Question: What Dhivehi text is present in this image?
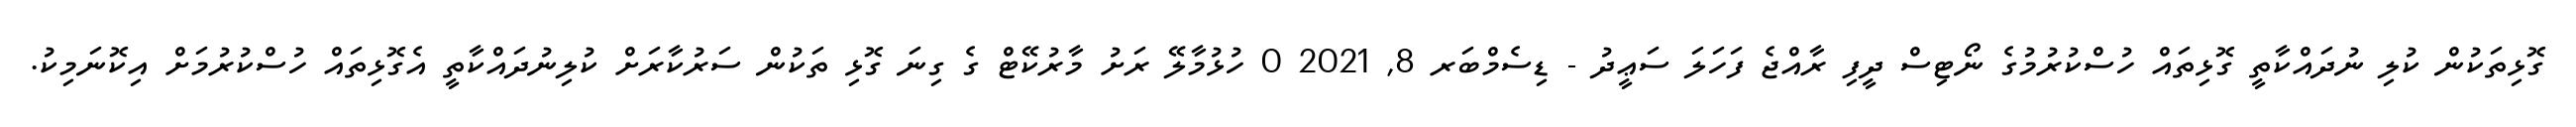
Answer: ގޮޅިތަކުން ކުލި ނުދައްކާތީ ގޮޅިތައް ހުސްކުރުމުގެ ނޯޓިސް ދީފި ރާއްޖެ ފަހަލަ ސަޢީދު - ޑިސެމްބަރ 8, 2021 0 ހުޅުމާލޭ ރަށު މާރުކޭޓް ގެ ގިނަ ގޮޅި ތަކުން ސަރުކާރަށް ކުލިނުދައްކާތީ އެގޮޅިތައް ހުސްކުރުމަށް އިކޮނަމިކު.